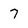
Character: 7